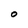
Character: O